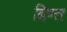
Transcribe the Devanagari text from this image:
बिण्त